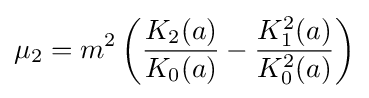
\mu _{2}=m^{2}\left({\frac {K_{2}(a)}{K_{0}(a)}}-{\frac {K_{1}^{2}(a)}{K_{0}^{2}(a)}}\right)